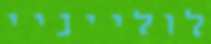
לולייניי